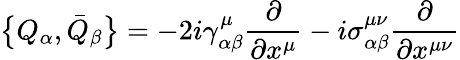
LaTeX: \bigl\{ Q_{\alpha},\bar{Q}_{\beta}\bigr\} =-2i\gamma_{\alpha\beta}^{\mu}\frac{\partial}{\partial x^{\mu}}-i\sigma_{\alpha\beta}^{\mu\nu}\frac{\partial}{\partial x^{\mu\nu}}